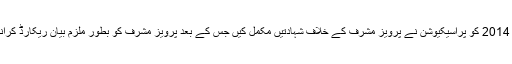
پرویزمشرف نے صحت جرم سے انکار کیا تو ٹرائل کا باقاعدہ آغاز کیا گیا،18 ستمبر 2014 کو پراسیکیوشن نے پرویز مشرف کے خلاف شہادتیں مکمل کیں جس کے بعد پرویز مشرف کو بطور ملزم بیان ریکارڈ کرانے کا کہا گیا، انھیں مسلسل غیرحاضری پر پہلے مفرور اور پھر اشتہاری قرار دیا گیا۔